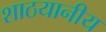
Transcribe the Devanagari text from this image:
शाठयानीय